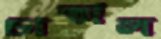
চাতাল